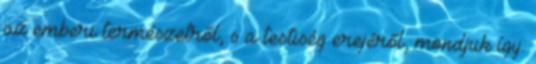
az emberi természetről, s a testiség erejéről, mondjuk így.